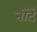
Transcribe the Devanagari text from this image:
नींदें